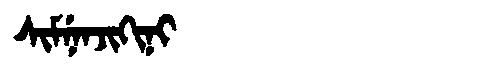
Manchu: ᠰᡳᠮᠨᡝᠨᠵᡳᡴᡳᠨᡳ
Romanization: SIMNENJIKINI